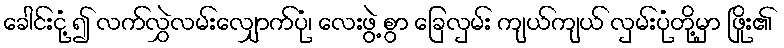
ခေါင်းငုံ့ ၍ လက်လွှဲလမ်းလျှောက်ပုံ၊ လေးဖွဲ့ စွာ ခြေလှမ်း ကျယ်ကျယ် လှမ်းပုံတို့မှာ ဖြိုး၏